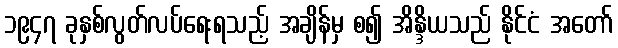
၁၉၄၇ ခုနှစ်လွတ်လပ်ရေးရသည့် အချိန်မှ စ၍ အိန္ဒိယသည် နိုင်ငံ အတော်